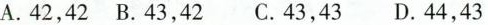
A.42，42B.43，42 C.43，43D.44，43